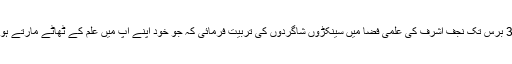
آپ نے تقریباً 30 برس تک نجف اشرف کی علمی فضا میں سینکڑوں شاگردوں کی تربیت فرمائی کہ جو خود اپنے آپ میں علم کے ٹھاٹے مارتے ہوئے سمندر تھے۔